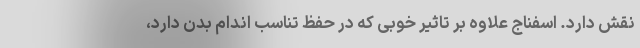
نقش دارد. اسفناج علاوه بر تاثیر خوبی که در حفظ تناسب اندام بدن دارد،